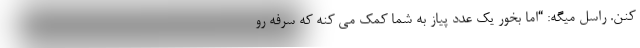
کنن. راسل میگه: “اما بخور یک عدد پیاز به شما کمک می کنه که سرفه رو